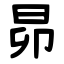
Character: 昴